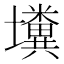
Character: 𡓴